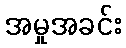
အမှုအခင်း